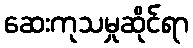
ဆေးကုသမှုဆိုင်ရာ